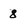
Character: 8